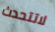
لاتتحدث